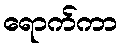
ရောက်ကာ